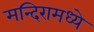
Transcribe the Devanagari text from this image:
मन्दिरामध्ये